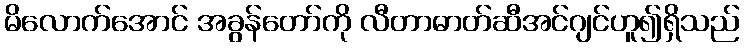
မိလောက်အောင် အခွန်တော်ကို လီတာဓာတ်ဆီအင်ဂျင်ဟူ၍ရှိသည်